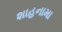
શાહનામા